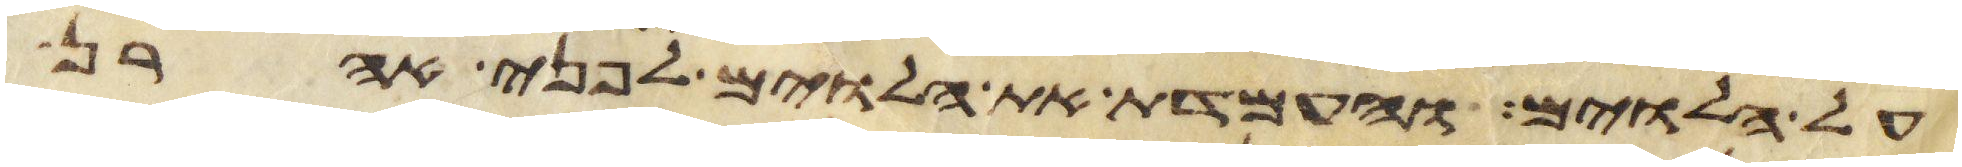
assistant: על הלוים והעמדת את הלוים לפני אהרן